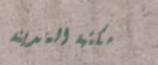
مكتبة المدينة